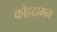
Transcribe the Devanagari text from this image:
कोहदामन